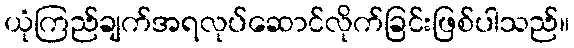
ယုံကြည်ချက်အရလုပ်ဆောင်လိုက်ခြင်းဖြစ်ပါသည်။